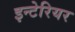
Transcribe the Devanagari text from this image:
इन्टेरियर